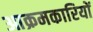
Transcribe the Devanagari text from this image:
आक्रमकारियों